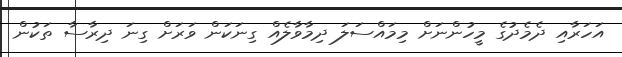
އަހަރާއި ދެމެދުގެ މީހުންނަށް މިމައްސަލަ ދިމާވާލެއް ގިނަކަން ވަރަށް ގިނަ ދިރާސާ ތަކުން